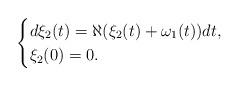
LaTeX: \begin{align*}\begin{cases}d\xi_2(t)=\aleph(\xi_2(t)+\omega_1(t))dt, \\\xi_2(0)=0.\end{cases}\end{align*}